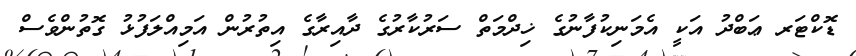
ޑޮކްޓަރ ޢަބްދު އަކީ އެމަނިކުފާނުގެ ޚިދްމަތް ސަރުކާރުގެ ދާއިރާގެ އިތުރުން އަމިއްލަފުޅު ގޮތުންވެސް